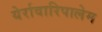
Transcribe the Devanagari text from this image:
येर्रावारिपालेम